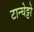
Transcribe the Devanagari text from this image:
टान्घेट्टो